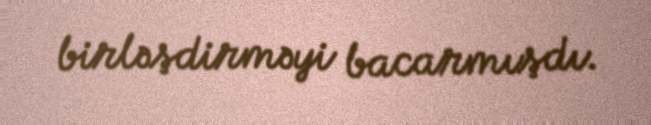
birləşdirməyi bacarmışdı.